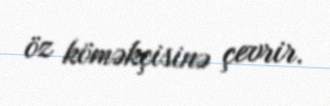
öz köməkçisinə çevrir.